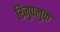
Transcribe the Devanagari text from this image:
रिजुपलुक